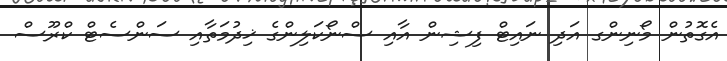
އެގޮތުން މޯނިންގ އަދި ނައިޓް ފިޝިން އާއި ސްނޯކަލިންގެ ޚިދުމަތާއި ސަންސެޓް ކްރޫސް